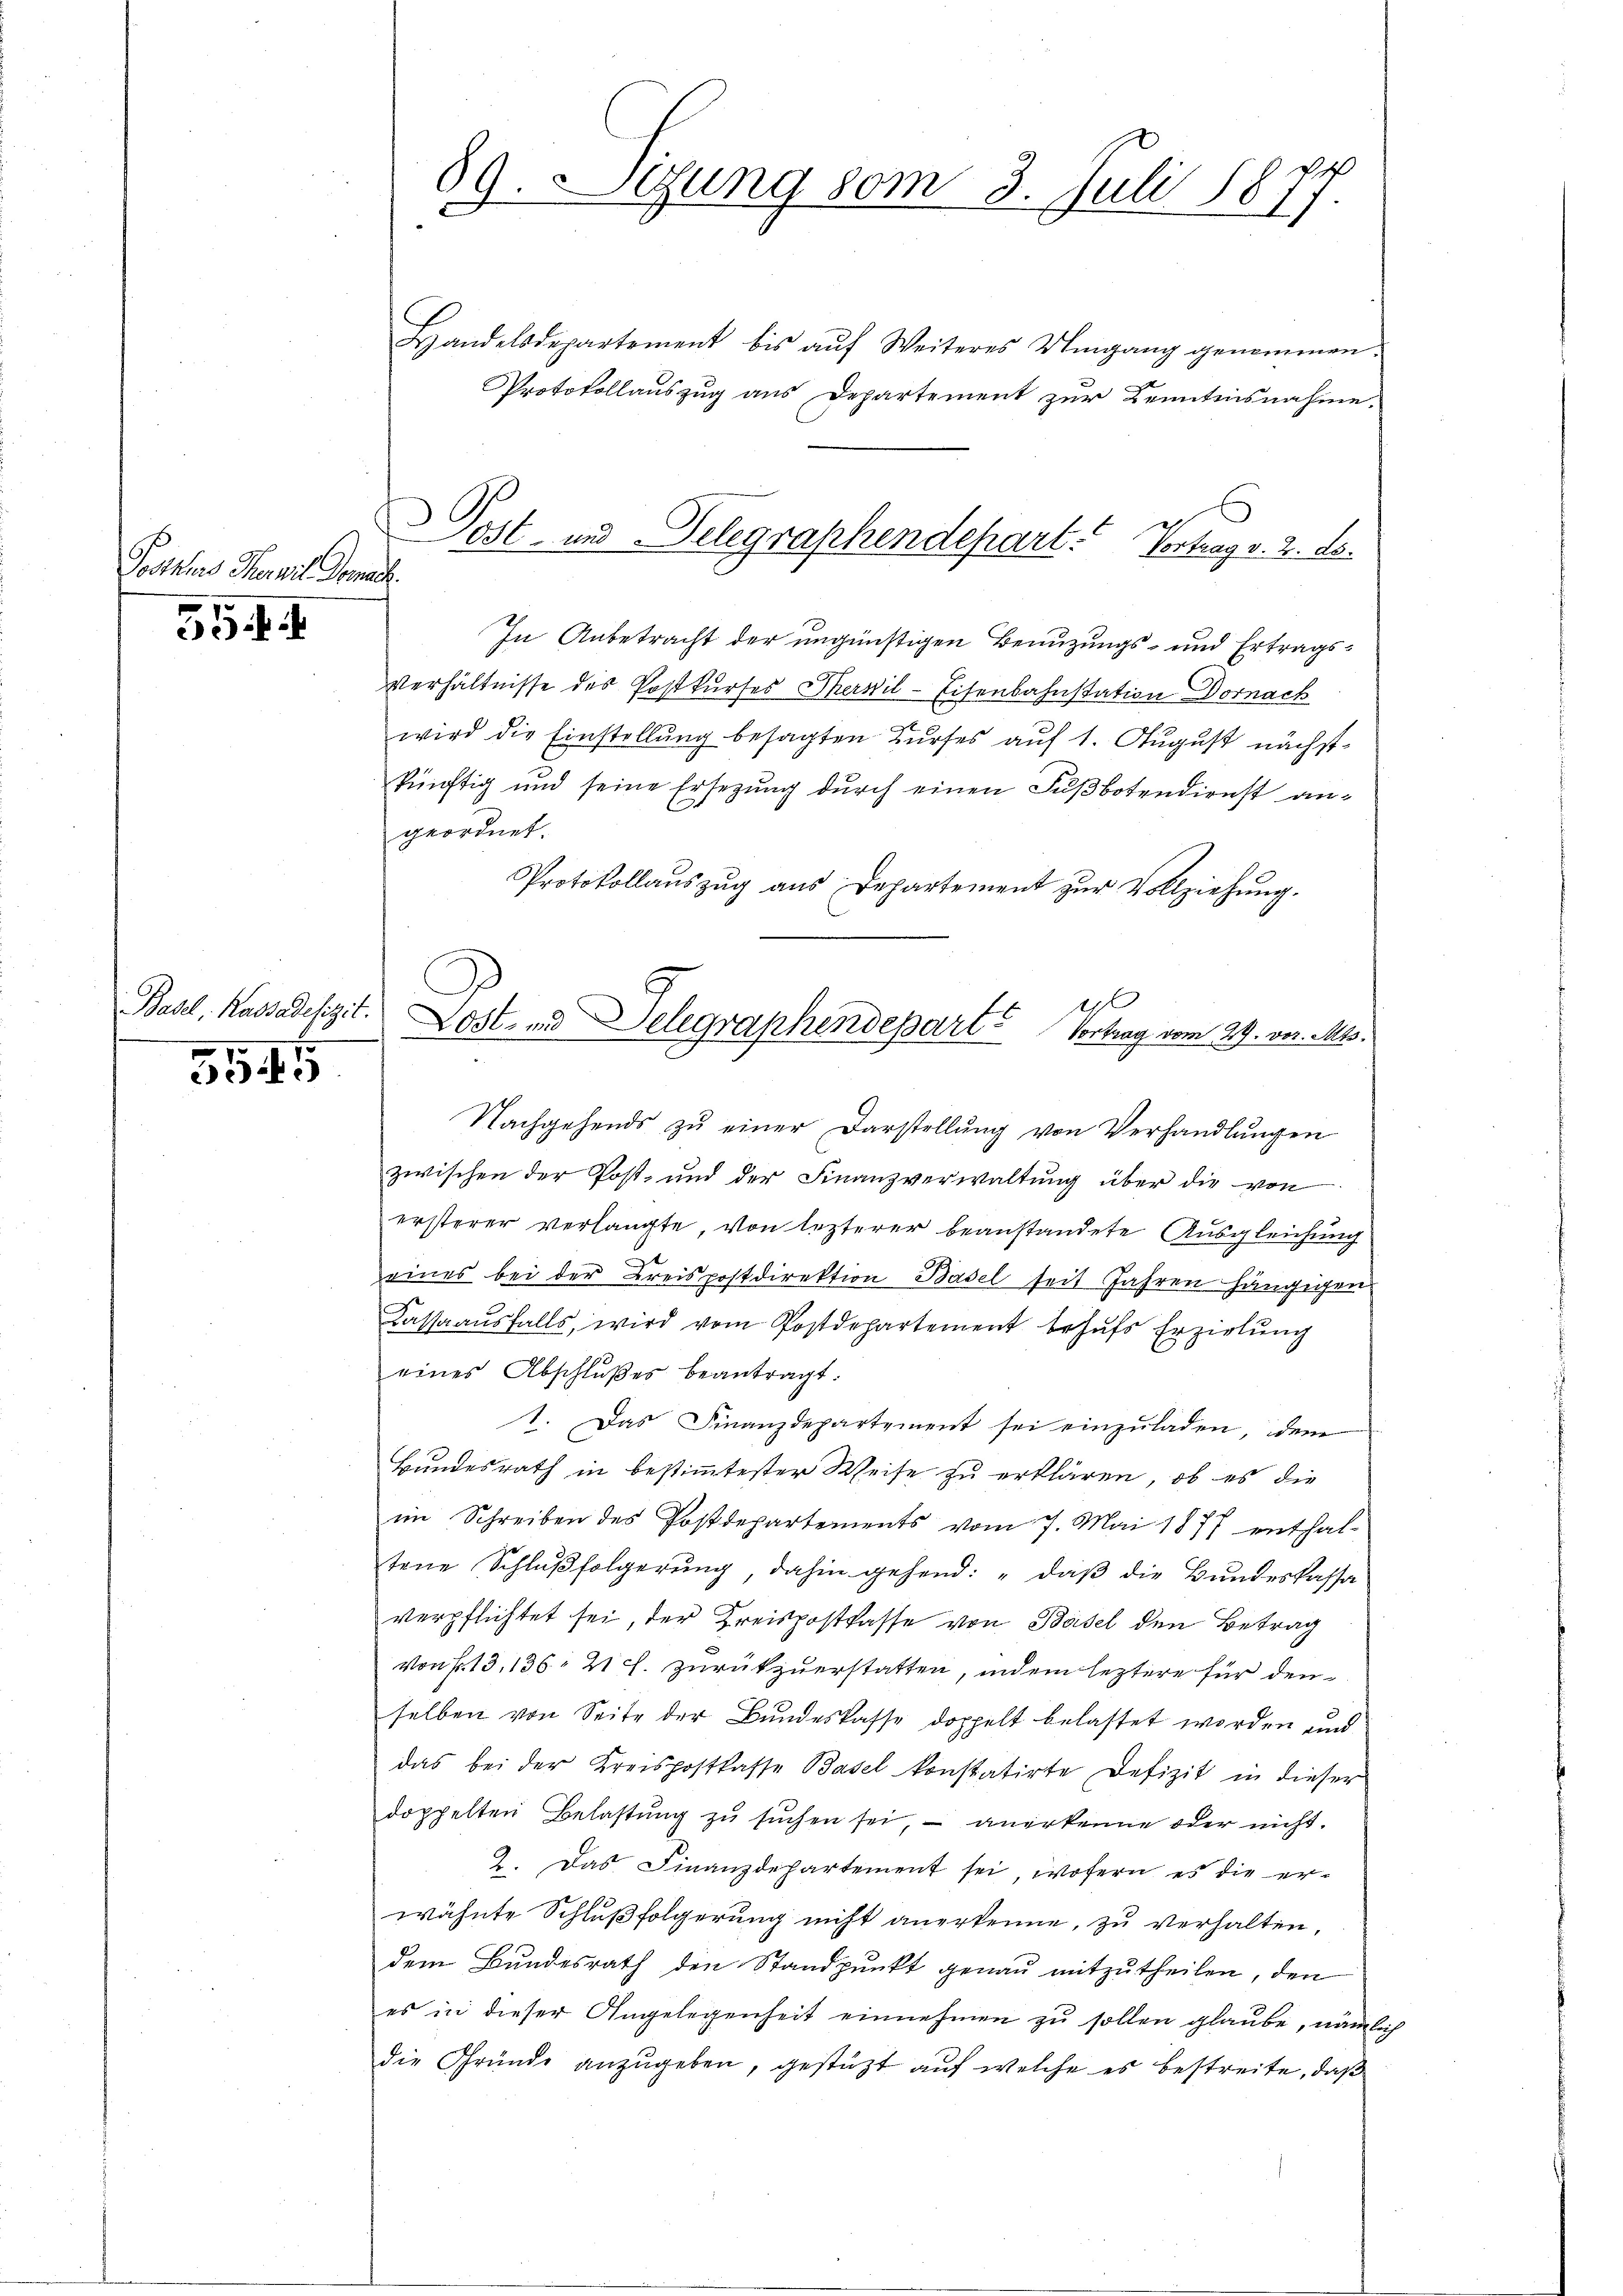
Postens Thorwil Gemac

354. I

Basel, Kassadefizit.

3545

89. Lesung vom 3. Juli 1877
e

Handelsdepartement bis aŭf Weiteres Umgang genommen.
Protokollauszug aus Departement zur Kenntnisnahme,
In Anbetracht der ungünstigen Benuzungs- und Ertrags¬
Verhältnisse des Postkurses Thermil-Eisenbahnstation Dornach
wird die Einstellung besagten Kurses auf 1. August nächstkünftig und seine Ersezung dŭrch einen Fußbotendienst an-
geordnet.
Protokollaŭszŭg aŭs Departement zŭr Vollziehung.
Nachgehends zu einer Darstellung von Verhandlungen
zwischen der Post- und der Finanzverwaltŭng über die von
ersterer verlangte, von lezterer beanstandete Ausgleichung
eines bei der Kreispostdirektion Basel seit Jahren hängigen
e
Cassaausfalls, wird vom Postdepartement behufs Erziehung
eines Abschlußes beantragt.
1. Das Finanzdepartement sei einzuladen, dem
Bundesrath in bestimmtester Weise zu erklären, ob es die
im Schreiben des Postdepartements vom 7. Mai 1877 enthal-
tene Schlußfolgerung dahin gehend: „daß die Bundeskassa
verpflichtet sei, der Kreispostkasse von Basel den Betrag
Von Fr. 13, 136, 21 f. zurückzuerstatten, indem leztere für den
selben von Seite der Bundeskasse doppelt belastet worden und
das bei der Kreispostkasse Basel konstatirte Defizit in dieser
doppelten Belastŭng zŭ sŭchen sei, - anerkenne oder nicht,
2. Das Finanzdepartement sei, wofern es die er-
wähnte Schlußfolgerung nicht anerkenne, zu verhalten
dem Bundesrath den Standpunkt genau mitzutheilen, den
es in dieser Angelegenheit einnehmen zu sollen glaube, nämlidie Gründe anzugeben, gestützt auf welche es bestreite, daß

Post- und Telegraphendepart. Vortrag v. 2. ds.

1
.
Lost- und Delegraphendepart Vortrag vom 29. vor. Mts.